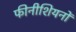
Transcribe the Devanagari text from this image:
फीनीशियनों